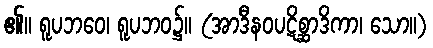
၏။ ရူပဘဝေ၊ ရူပဘဝ၌။ (အာဒီနဝပဋိစ္ဆာဒိကာ၊ သော။)